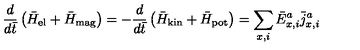
{ \frac { d } { d \bar { t } } } \left( \bar { H } _ { \mathrm { e l } } + \bar { H } _ { \mathrm { m a g } } \right) = - { \frac { d } { d \bar { t } } } \left( \bar { H } _ { \mathrm { k i n } } + \bar { H } _ { \mathrm { p o t } } \right) = \sum _ { x , i } \bar { E } _ { x , i } ^ { a } { \bar { j } } _ { x , i } ^ { a }